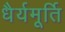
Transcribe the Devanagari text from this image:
धैर्यमूर्ति